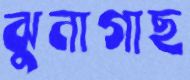
ঝুনাগাছ